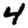
Digit: 4